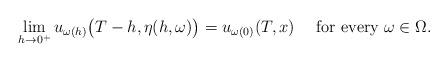
LaTeX: \begin{align*}\lim_{h\to 0^+}u_{\omega(h)}\big(T-h,\eta(h,\omega)\big)=u_{\omega(0)}(T,x) \quad\hbox{ for every $\omega\in\Omega$.}\end{align*}